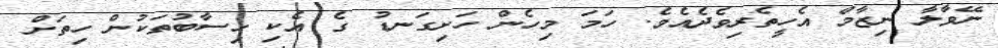
ނޭވާލާ ނިޒާމް އެހީތެރިވެދެއެވެ. ހަމަ މިހެން ހަށިގަނޑު ގެ އެކި ހިސާބުތަކުން ހިތަށް